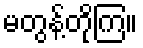
မတွန့်တိုကြ။